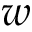
w